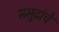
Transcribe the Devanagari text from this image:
समुद्रांचे